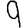
Digit: 9